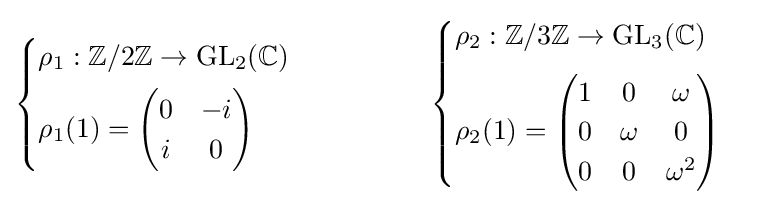
{\begin{cases}\rho _{1}:\mathbb {Z} /2\mathbb {Z} \to {\text{GL}}_{2}(\mathbb {C} )\\[4pt]\rho _{1}(1)={\begin{pmatrix}0&-i\\i&0\end{pmatrix}}\end{cases}}\qquad \qquad {\begin{cases}\rho _{2}:\mathbb {Z} /3\mathbb {Z} \to {\text{GL}}_{3}(\mathbb {C} )\\[6pt]\rho _{2}(1)={\begin{pmatrix}1&0&\omega \\0&\omega &0\\0&0&\omega ^{2}\end{pmatrix}}\end{cases}}